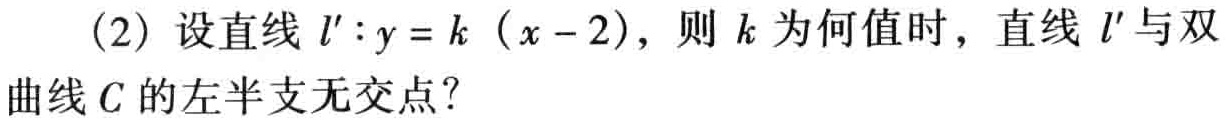
(2) 设直线 \(l':y = k(x - 2)\)，则 \(k\) 为何值时，直线 \(l'\) 与双曲线 \(C\) 的左半支无交点？